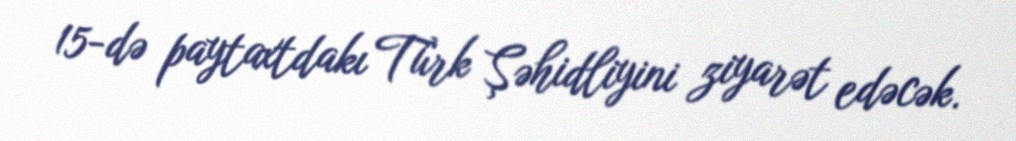
15-də paytaxtdakı Türk Şəhidliyini ziyarət edəcək.